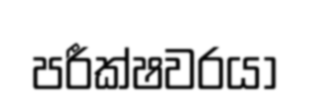
පරීක්ෂවරයා